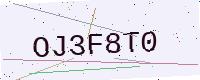
Text: OJ3F8T0